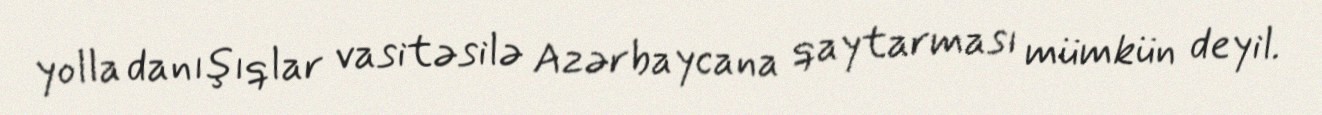
yolla danışıqlar vasitəsilə Azərbaycana qaytarması mümkün deyil.